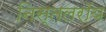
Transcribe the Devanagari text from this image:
निस्तलरॉय